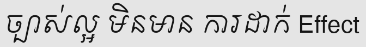
ច្បាស់ល្អ មិនមាន ការដាក់ Effect